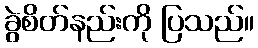
ခွဲစိတ်နည်းကို ပြသည်။